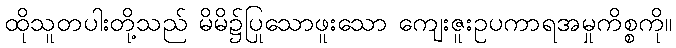
ထိုသူတပါးတို့သည် မိမိ၌ပြုသောဖူးသော ကျေးဇူးဥပကာရအမှုကိစ္စကို။